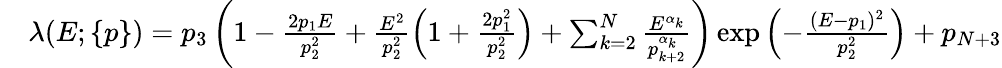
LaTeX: \begin{array}{rl}&{\lambda(E;\{ p\} )=p_{3}\left(1-\frac{2p_{1}E}{p_{2}^{2}}+\frac{E^{2}}{p_{2}^{2}}\left(1+\frac{2p_{1}^{2}}{p_{2}^{2}}\right)+\sum_{k=2}^{N}\frac{E^{\alpha_{k}}}{p_{k+2}^{\alpha_{k}}}\right)\exp\left(-\frac{(E-p_{1})^{2}}{p_{2}^{2}}\right)+p_{N+3}}\end{array}